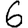
Digit: 6